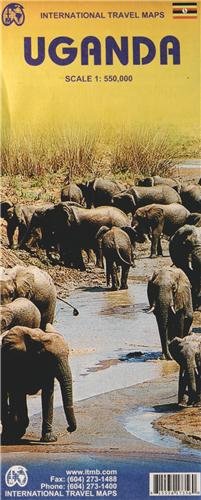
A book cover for Uganda 1:550,000 Travel Map (International Travel Maps); ITMB Canada; Travel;